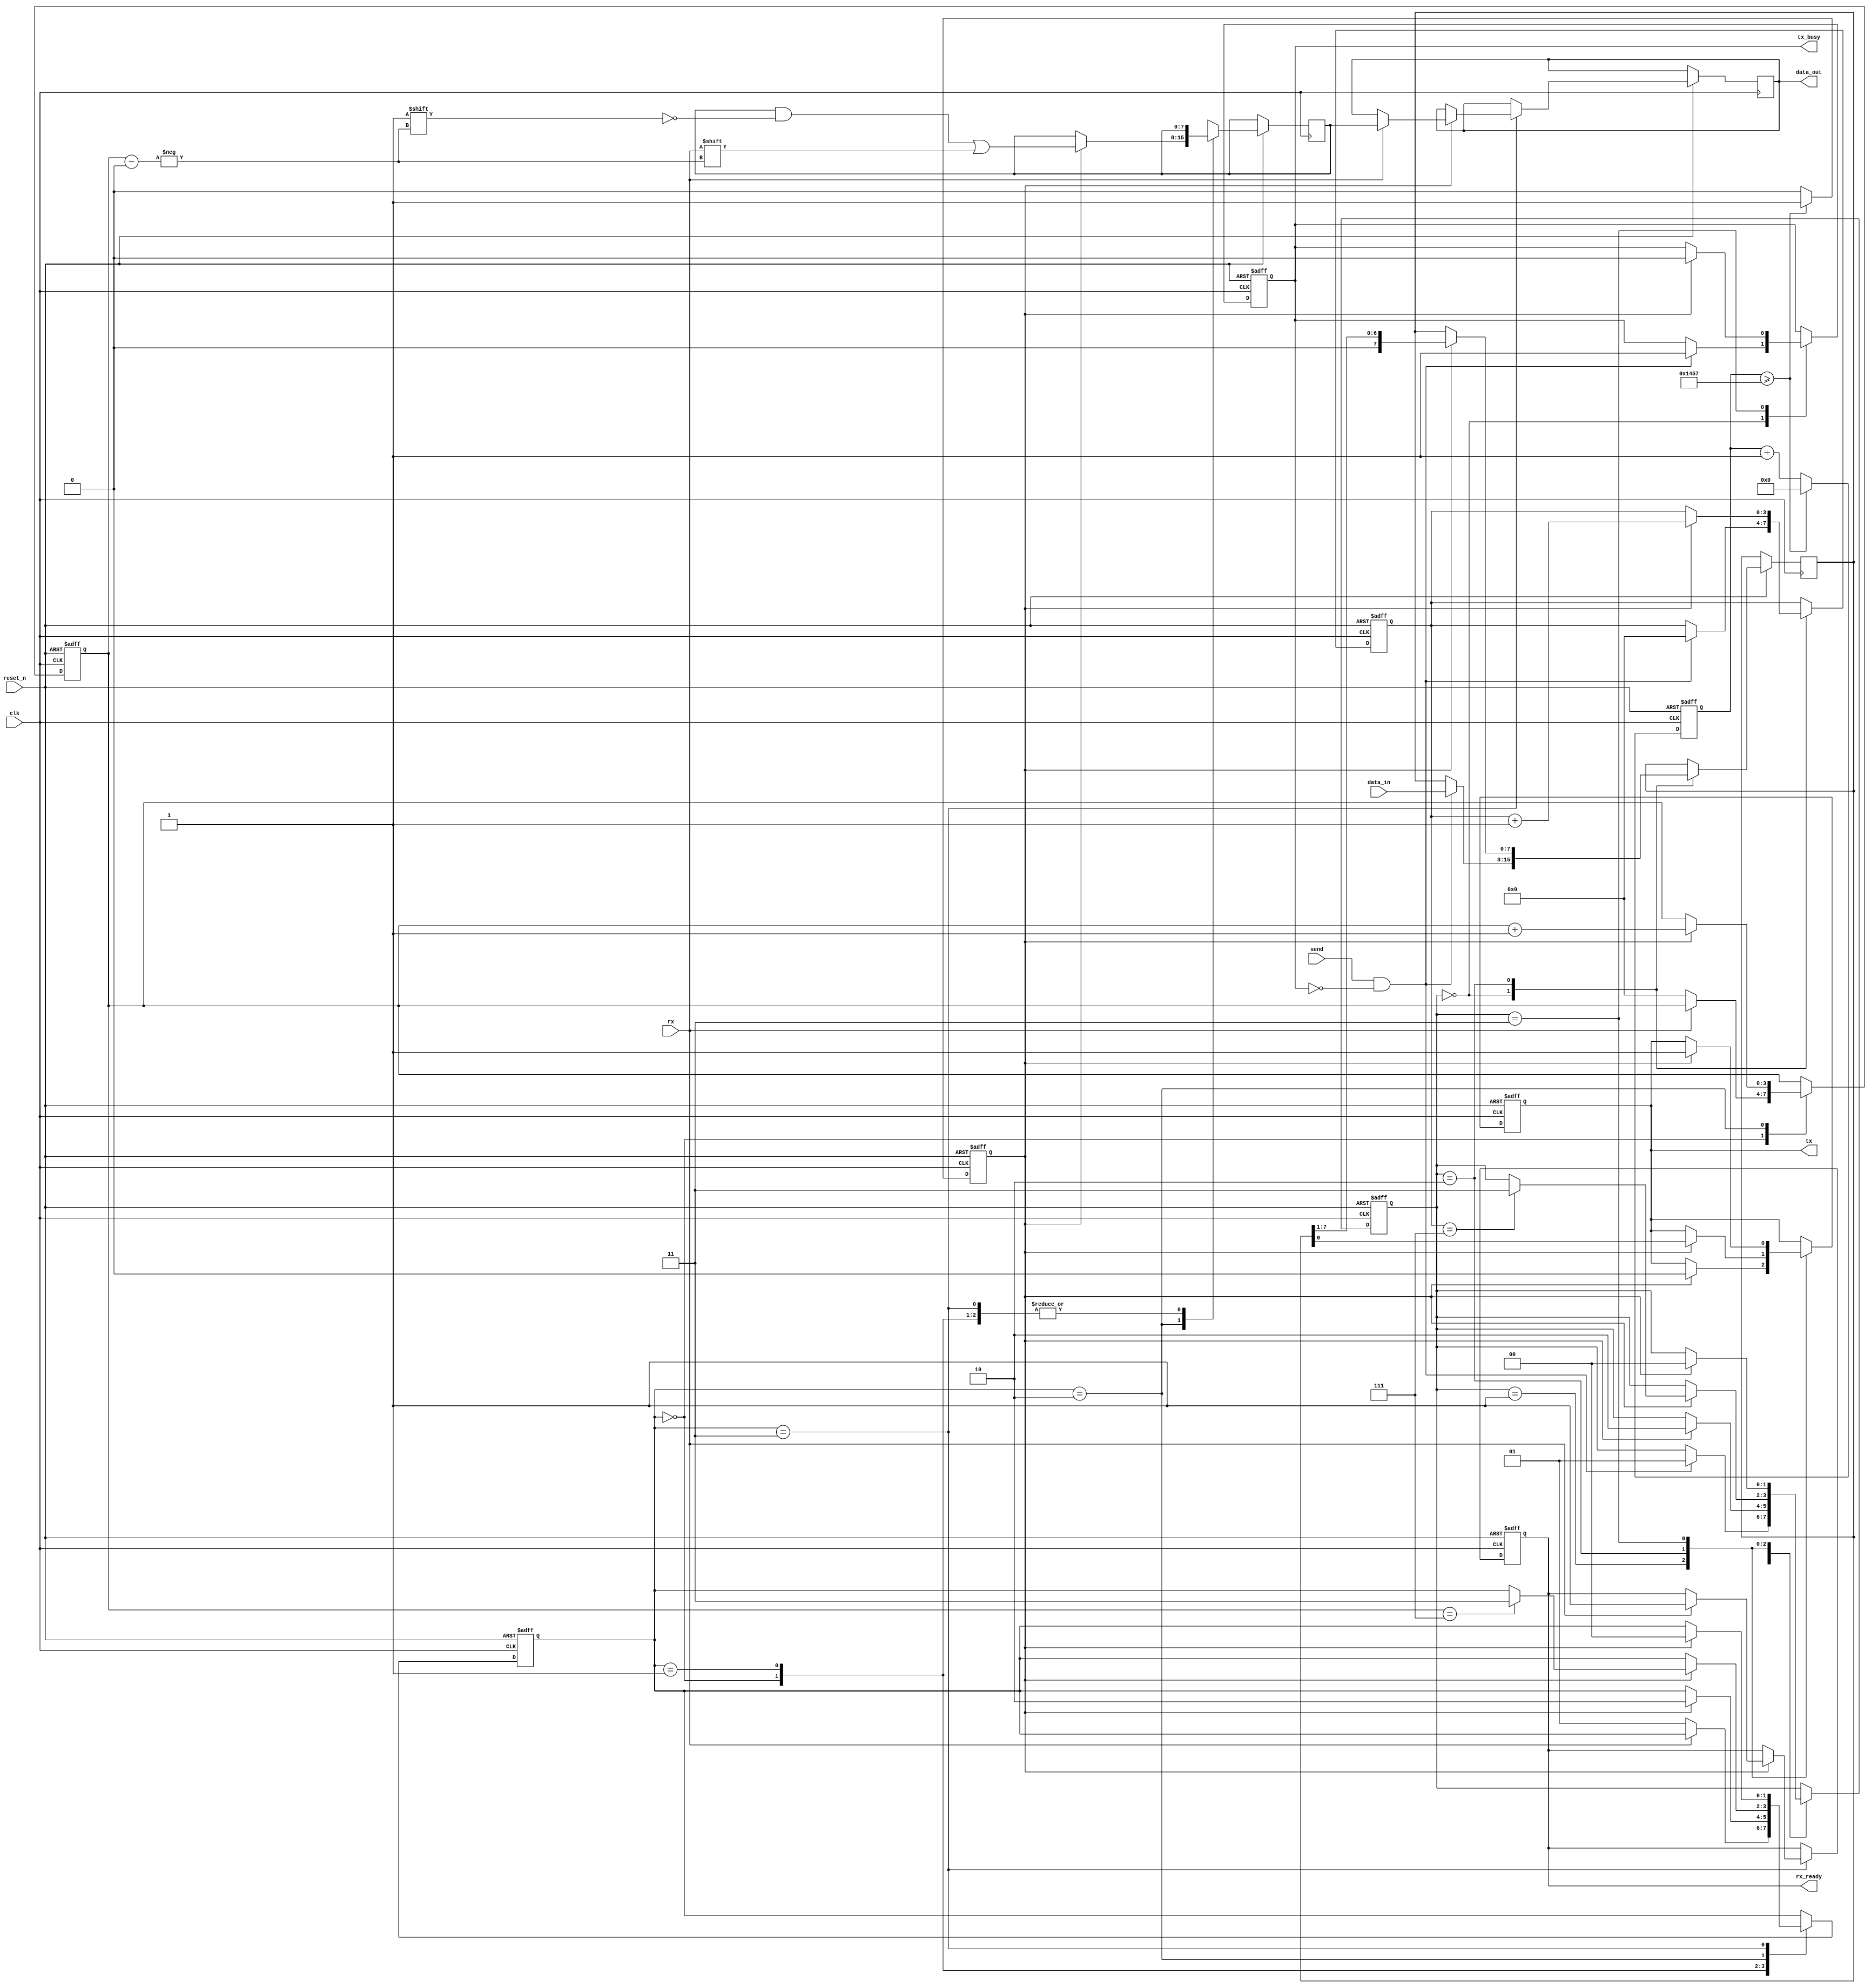
module Parameterized_UART #(
    parameter BAUD_RATE = 9600,  // Baud rate
    parameter DATA_BITS = 8,      // Number of data bits
    parameter STOP_BITS = 1,      // Number of stop bits (1 or 2)
    parameter PARITY = "NONE"      // Parity configuration: "NONE", "EVEN", "ODD"
) (
    input wire clk,                // System clock
    input wire reset_n,            // Active low reset
    input wire rx,                 // RX pin
    output reg tx,                 // TX pin
    input wire [DATA_BITS-1:0] data_in, // Parallel data input
    input wire send,               // Signal to send data
    output reg [DATA_BITS-1:0] data_out, // Parallel data output
    output reg rx_ready,           // RX data ready flag
    output reg tx_busy             // TX busy flag
);

    // Internal parameters
    localparam TX_IDLE = 2'b00, TX_START = 2'b01, TX_DATA = 2'b10, TX_STOP = 2'b11;
    localparam RX_IDLE = 2'b00, RX_START = 2'b01, RX_DATA = 2'b10, RX_STOP = 2'b11;

    // Baud rate generation
    reg [15:0] baud_counter;
    reg baud_tick;
    always @(posedge clk or negedge reset_n) begin
        if (!reset_n) begin
            baud_counter <= 0;
            baud_tick <= 0;
        end else begin
            if (baud_counter >= (50000000 / BAUD_RATE) - 1) begin // Assuming 50MHz clock
                baud_counter <= 0;
                baud_tick <= 1;
            end else begin
                baud_counter <= baud_counter + 1;
                baud_tick <= 0;
            end
        end
    end

    // Transmitter state machine
    reg [1:0] tx_state;
    reg [3:0] tx_bit_counter;
    reg [DATA_BITS-1:0] tx_shift_reg;
    
    always @(posedge clk or negedge reset_n) begin
        if (!reset_n) begin
            tx <= 1;
            tx_state <= TX_IDLE;
            tx_busy <= 0;
            tx_bit_counter <= 0;
        end else begin
            case (tx_state)
                TX_IDLE: begin
                    if (send && !tx_busy) begin
                        tx_shift_reg <= data_in;
                        tx_state <= TX_START;
                        tx_busy <= 1;
                        tx_bit_counter <= 0;
                    end
                end
                TX_START: begin
                    if (baud_tick) begin
                        tx <= 0; // Start bit
                        tx_state <= TX_DATA;
                    end
                end
                TX_DATA: begin
                    if (baud_tick) begin
                        tx <= tx_shift_reg[0]; // Send data bit
                        tx_shift_reg <= {1'b0, tx_shift_reg[DATA_BITS-1:1]}; // Shift
                        tx_bit_counter <= tx_bit_counter + 1;

                        if (tx_bit_counter == DATA_BITS - 1) begin
                            tx_state <= TX_STOP;
                        end
                    end
                end
                TX_STOP: begin
                    if (baud_tick) begin
                        tx <= 1; // Stop bit
                        if (STOP_BITS == 2) begin
                            tx_state <= TX_STOP; // Send another stop bit
                        end else begin
                            tx_busy <= 0;
                            tx_state <= TX_IDLE;
                        end
                    end
                end
            endcase
        end
    end

    // Receiver state machine
    reg [1:0] rx_state;
    reg [3:0] rx_bit_counter;
    reg [DATA_BITS-1:0] rx_shift_reg;

    always @(posedge clk or negedge reset_n) begin
        if (!reset_n) begin
            rx_state <= RX_IDLE;
            rx_ready <= 0;
            rx_bit_counter <= 0;
        end else begin
            case (rx_state)
                RX_IDLE: begin
                    if (rx == 0) begin // Start bit detected
                        rx_state <= RX_START;
                        rx_bit_counter <= 0;
                    end
                end
                RX_START: begin
                    if (baud_tick) begin
                        rx_state <= RX_DATA;
                    end
                end
                RX_DATA: begin
                    if (baud_tick) begin
                        rx_shift_reg[rx_bit_counter] <= rx; // Capture data
                        rx_bit_counter <= rx_bit_counter + 1;

                        if (rx_bit_counter == DATA_BITS - 1) begin
                            rx_state <= RX_STOP;
                        end
                    end
                end
                RX_STOP: begin
                    if (baud_tick) begin
                        if (rx == 1) begin // Stop bit validation
                            rx_ready <= 1;
                            data_out <= rx_shift_reg; // Output received data
                        end else begin
                            // Handle framing error
                        end
                        rx_state <= RX_IDLE; // Return to idle
                    end
                end
            endcase
        end
    end

endmodule